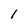
Character: 1